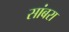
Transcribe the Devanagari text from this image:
सांबरा